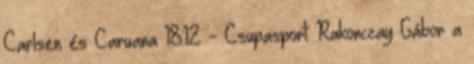
Carlsen és Caruana 18:12 - Csupasport: Rakonczay Gábor a